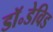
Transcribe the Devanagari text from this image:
डॉ॰डेविड